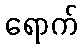
ရောက်